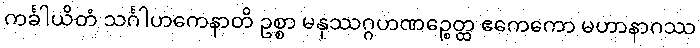
ကင်္ခါယိတံ သင်္ဂါဟကေနာတိ ဥစ္စာ မနုဿဂ္ဂဟဏဉ္စေတ္ထ ဧကေကော မဟာနာဂဿ